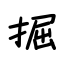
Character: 掘